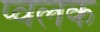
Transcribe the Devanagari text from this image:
प्वलक